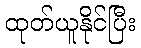
ထုတ်ယူနိုင်ပြီး